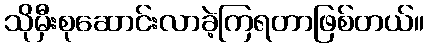
သိုမှီးစုဆောင်းလာခဲ့ကြရတာဖြစ်တယ်။